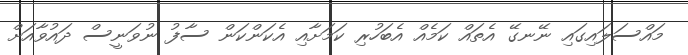
މައްސަލައިގައި ނޭނގޭ އެތައް ކަމެއް އެބަހުރި ކަމަށާއި އެކަންކަން ސާފު ނުވަނީސް ދައުވާއަށް